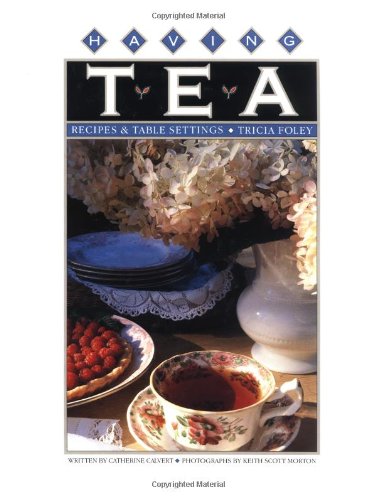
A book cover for Having Tea: Recipes & Table Settings; Tricia Foley; Cookbooks, Food & Wine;